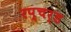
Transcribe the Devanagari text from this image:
रप्चर्ड